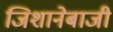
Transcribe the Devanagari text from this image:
जिशानेबाजी